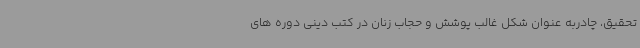
تحقیق، چادربه عنوان شکل غالب پوشش و حجاب زنان در کتب دینی دوره های